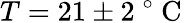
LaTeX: T=21\pm 2\mathrm{~}^{\circ}\mathrm{~C~}